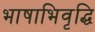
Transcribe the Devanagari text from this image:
भाषाभिवृद्धि